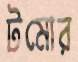
টমোর